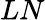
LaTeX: LN